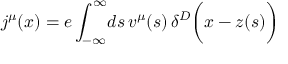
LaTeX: j ^ { \mu } ( x ) = e \int _ { - \infty } ^ { \infty } \! d s \, v ^ { \mu } ( s ) \, \delta ^ { D } \biggl ( x - z ( s ) \biggr )